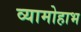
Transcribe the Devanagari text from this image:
व्यामोहाभ